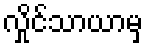
လှိုင်သာယာမှ